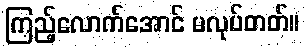
ကြည့်လောက်အောင် မလုပ်တတ်။